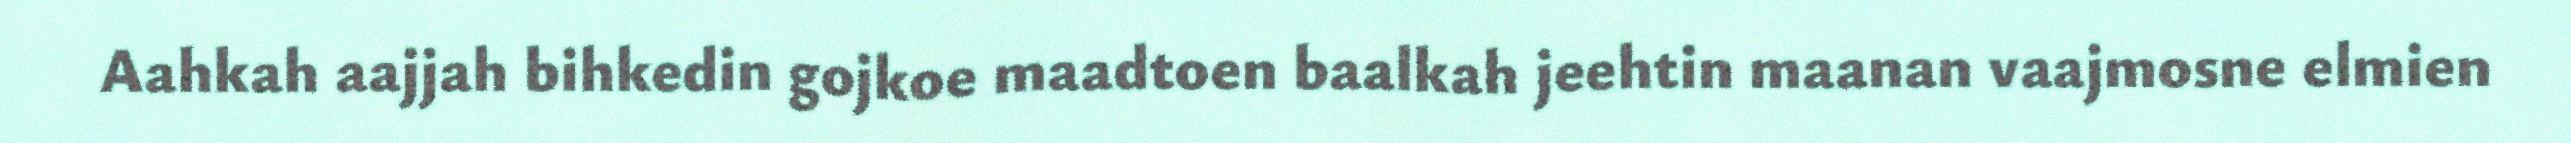
Aahkah aajjah bihkedin gojkoe maadtoen baalkah jeehtin maanan vaajmosne elmien